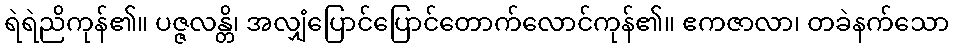
ရဲရဲညိကုန်၏။ ပဇ္ဇလန္တိ၊ အလျှံပြောင်ပြောင်တောက်လောင်ကုန်၏။ ဧကဇာလာ၊ တခဲနက်သော